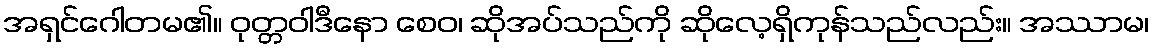
အရှင်ဂေါတမ၏။ ဝုတ္တဝါဒီနော စေဝ၊ ဆိုအပ်သည်ကို ဆိုလေ့ရှိကုန်သည်လည်း။ အဿာမ၊